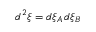
d ^ { 2 } \boldsymbol { \xi } = d \xi _ { A } \, d \xi _ { B }